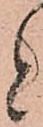
と